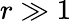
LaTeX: r\gg 1